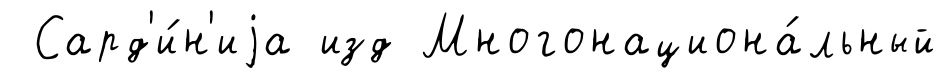
Сард'и́н'иjа изд Многонациона́льный